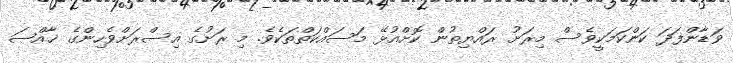
ވަޑާންފަދަ ކަންކަމަކީވެސް މިރަށު ރައްޔިތުން ކޮށްއުޅޭ މަސައްކަތްތަކެވެ. މި ރަށުގެ އިސްރަށްވެހިންގެ ޚާއްޞަ